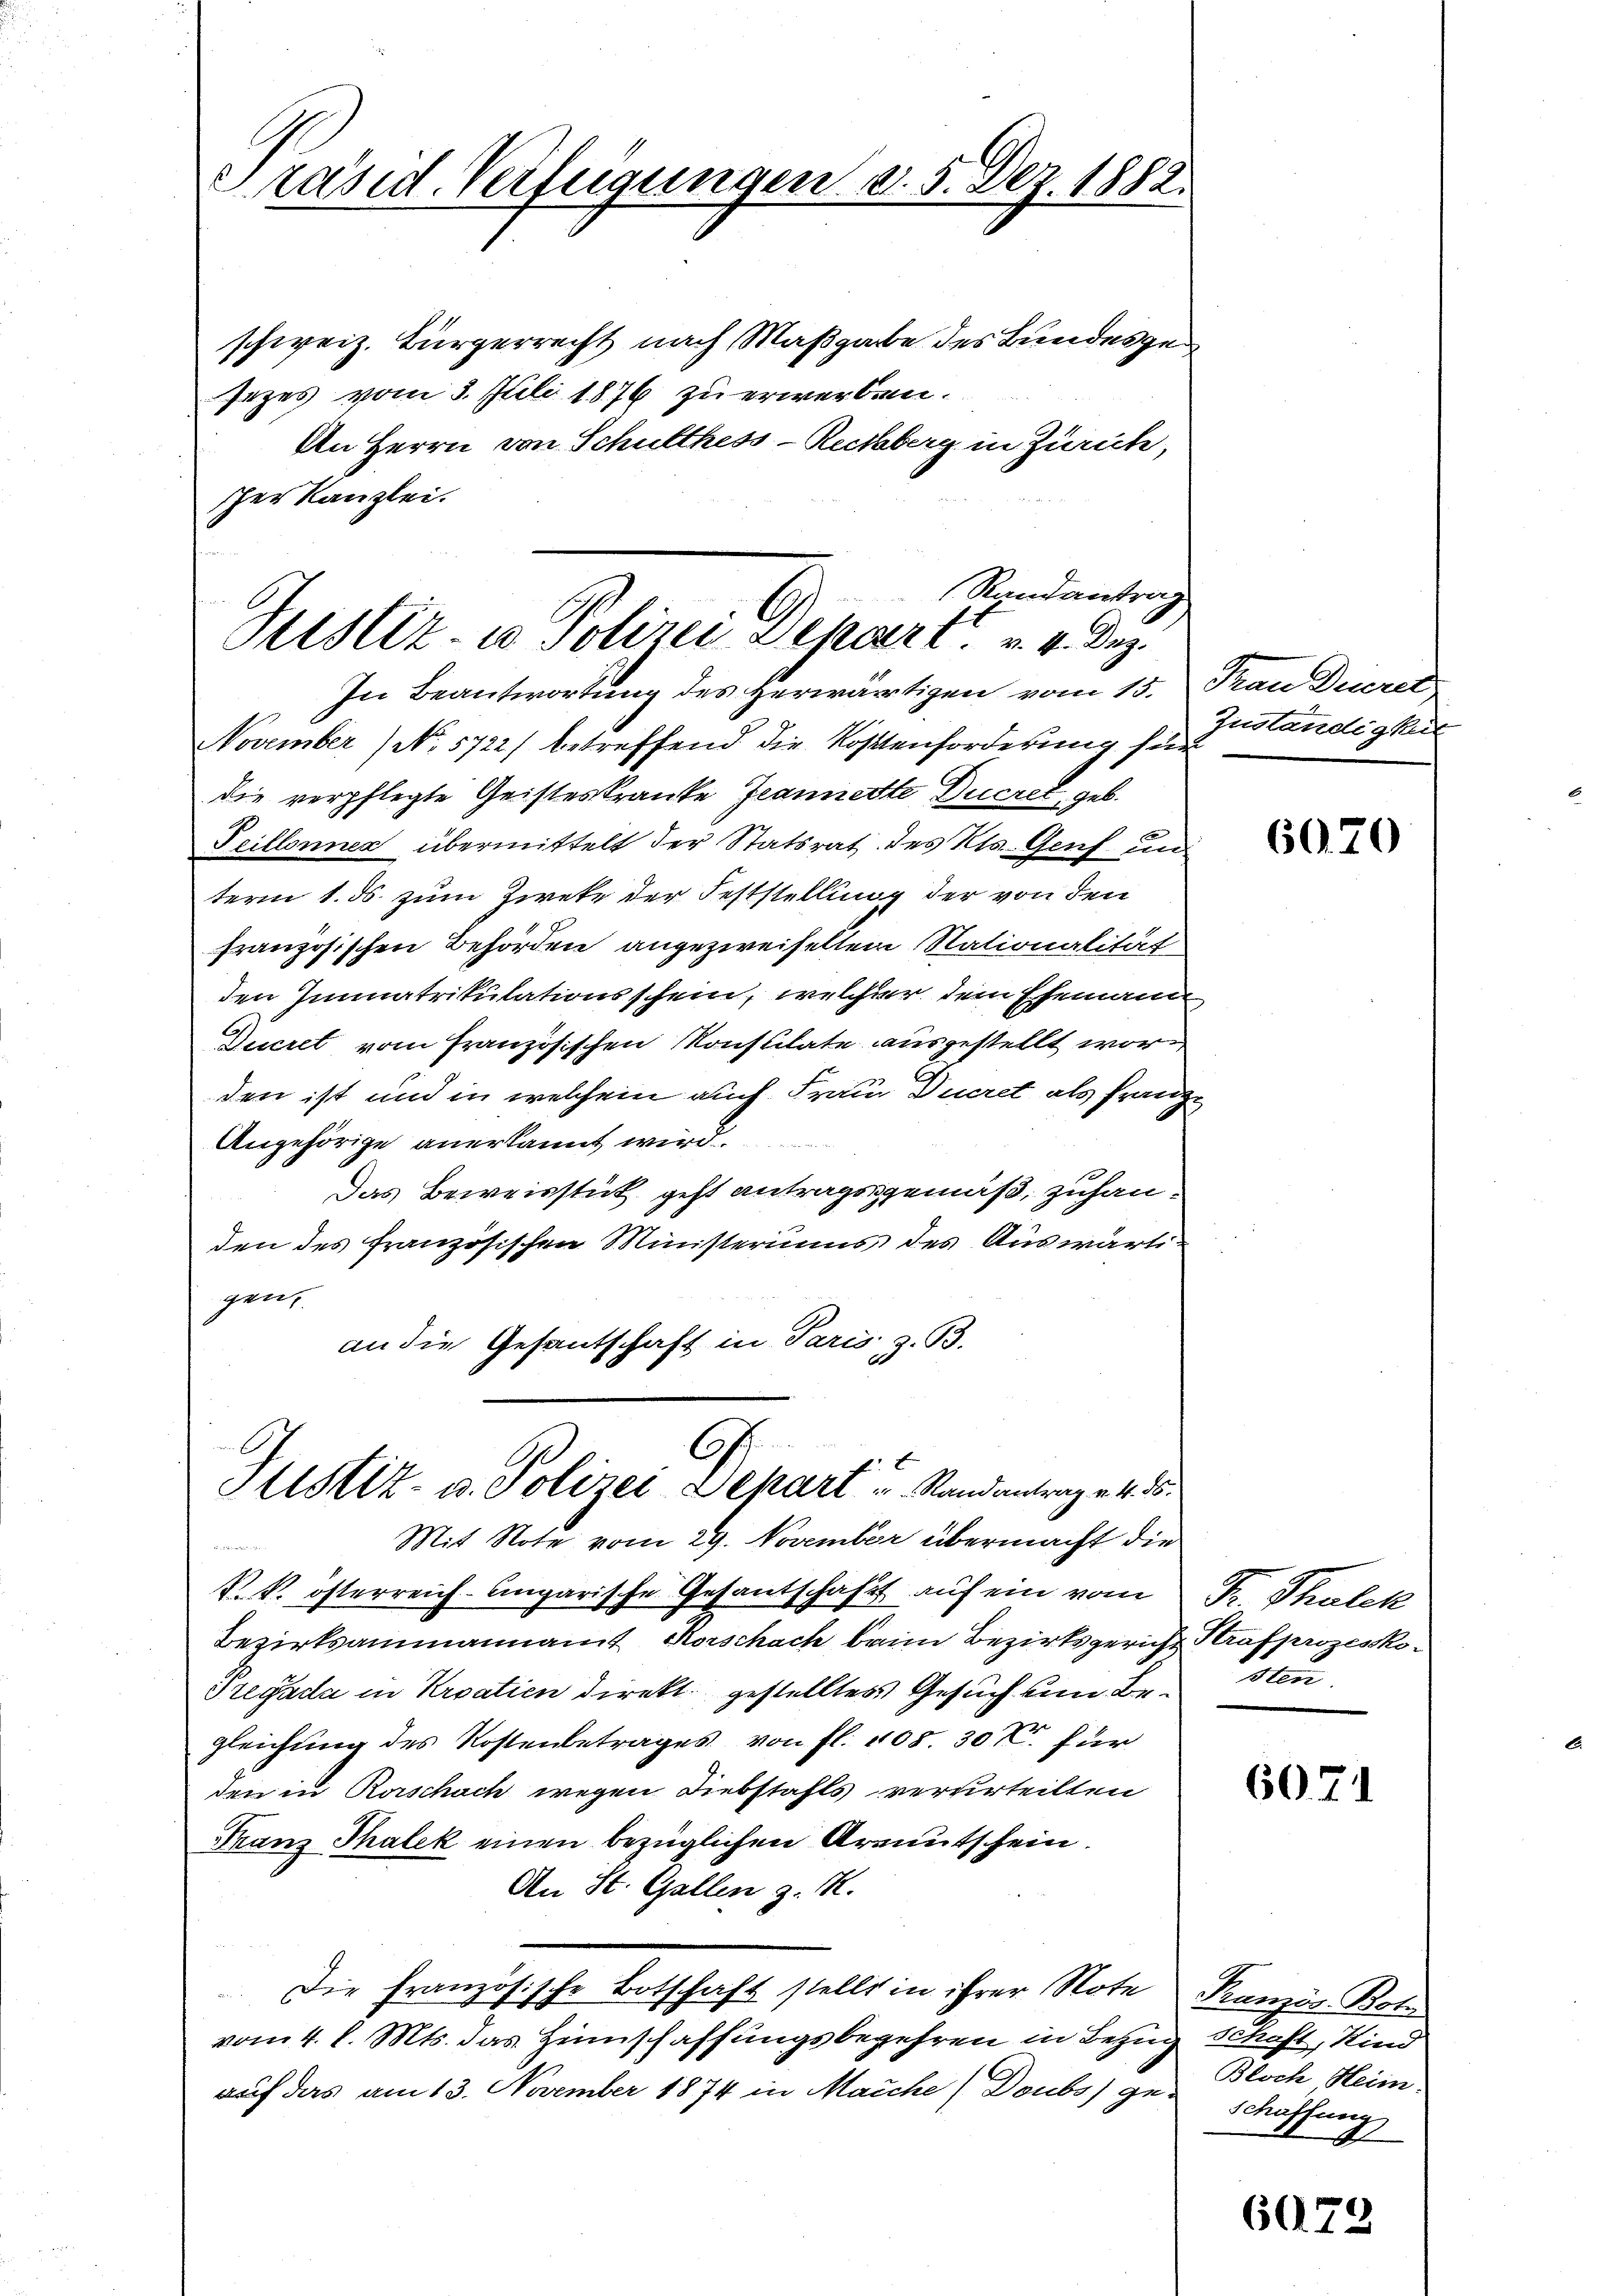
Präsid. Verfügungen d. 5. Dez. 1882.

schweiz. Bürgerrecht nach Maßgabe des Bundesgesezes vom 3. Juli 1876 zu erwerben.
An Herrn von Schulthess-Rechberg in Zürich,
scher Kanzlei.
Randantrag

In Beantwortung des Herwärtigen vom 15. Frau Decret
November (No. 5722) betreffend die Kostenforderung sin
die verpflegte Geisteskranke Jeannerte Ducrel geb.
Peillonnes übermittelt der Statsrat des Kts. Genf un
term 1. ds. zum Zweke der Feststellung der von den
französischen Behörden angezweifelten Nationalität
den Immatrikulationsschein, welcher dem Ehemann,
Ducret vom Französischen Konsulate ausgestellt wor
den ist und in welchem auch Frau Decret als franz
Angehörige anerkannt wird.
Das Beweisstück geht antragsgemäß, zuhanden des französischen Ministeriums des Auswärtigen
an die Gesantschaft in Paris, z. B.

Justiz- u Polizei Depart v. 4. Dez.

2
Justiz- u. Polizei Depart u. Randantrag v. 4. ds.

Mit Note vom 29. November übermacht die
K. k. österreich-Ungarische Gesandtschaft auf ein vom
Bezirksammannamt Korschach beim Bezirksgericht Strafprozessko¬
Pregada in Kroatien direkt gestelltes Gesuch um Besten
gleichung des Kostenbetrages von fl. 108. 307. für
den in Rorschach wegen Diebstahls verurteilten
Franz Thalek einen bezüglichen Armutschein.
An St. Gallen z. R.
Die französische Botschaft stellt in ihrer Note
vom 4. d. Mts. das Heimschaffungsbegehren in Bezug Schaft, Kind
auf das am 13. November 1874 in Manche Doubs) geschaffung

Zuständigkeit

6070

Fr. Thalek

6071

Franzis Bote
Bloch Heim.

6073